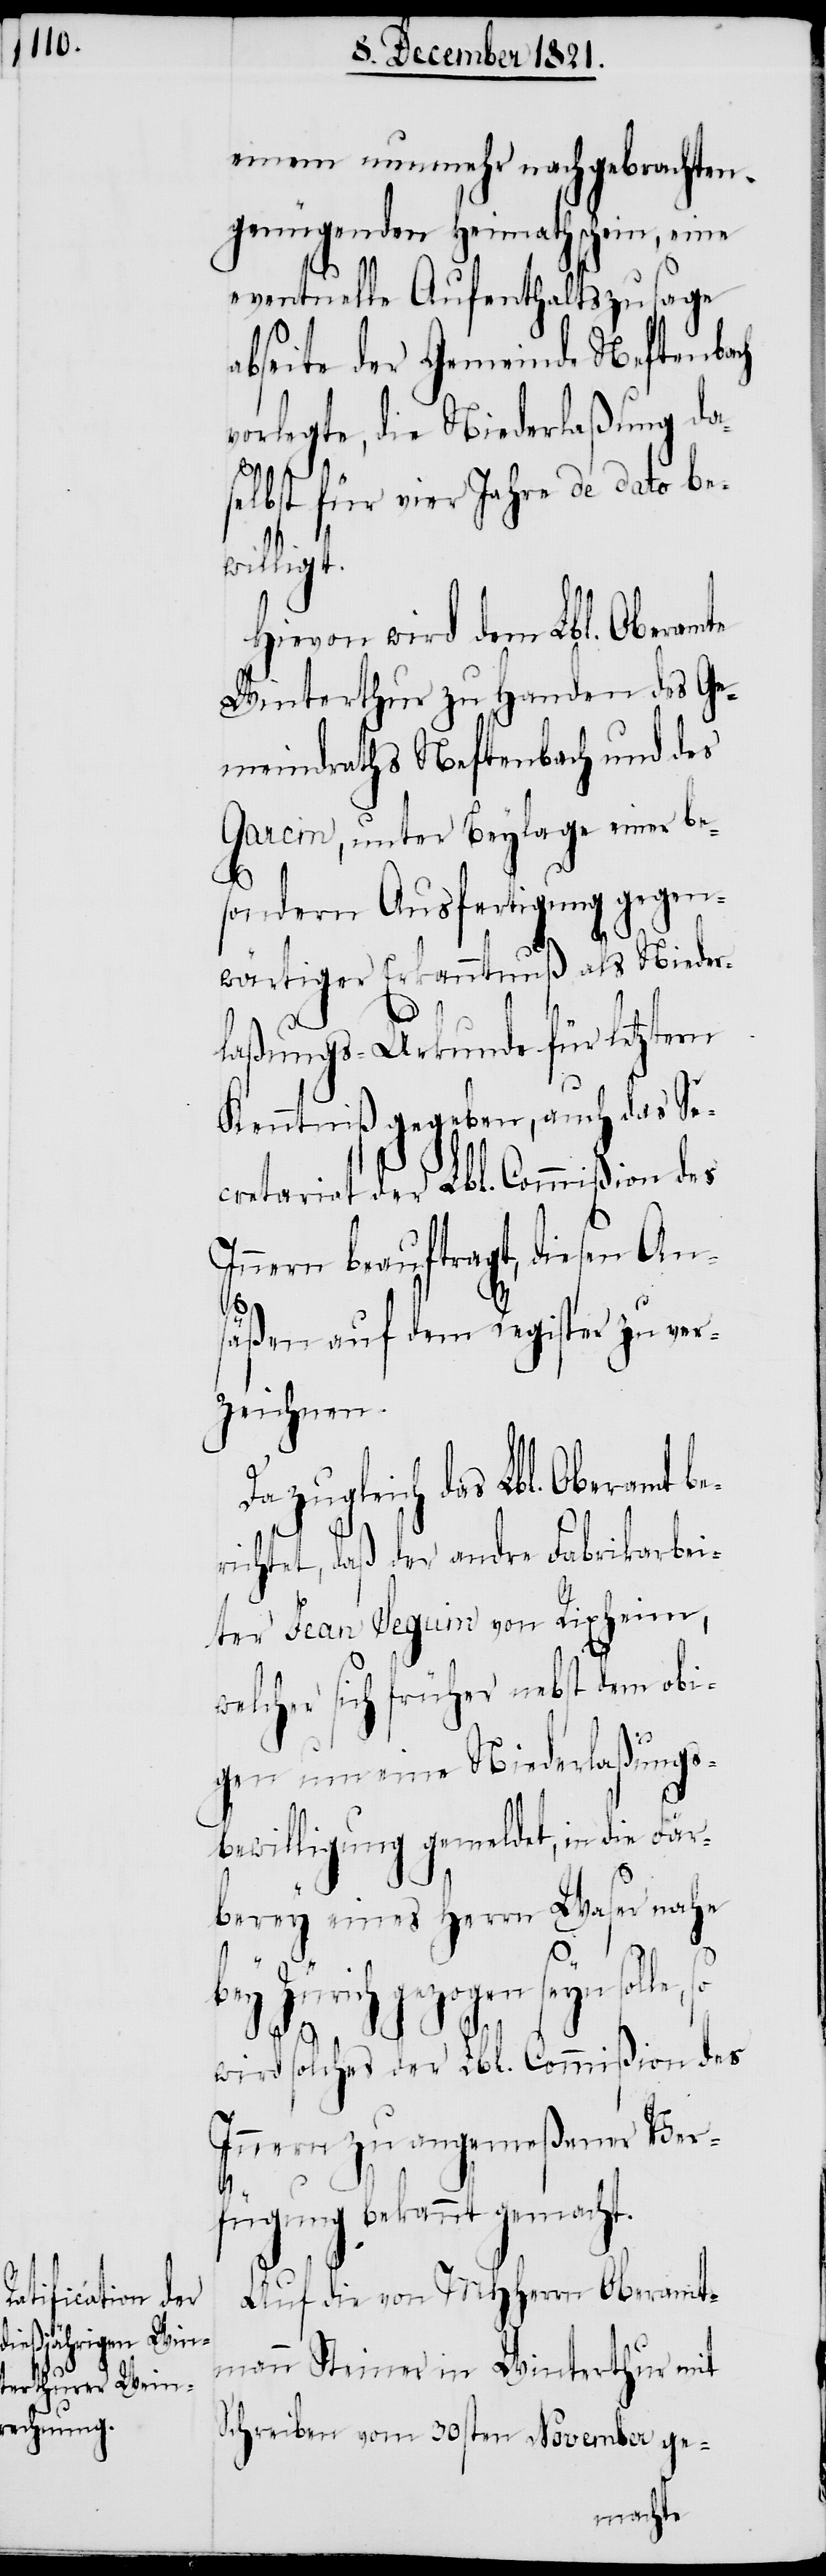
einem nunmehr nachgebrachten
genügenden Heimathschein, eine
eventuelle Aufenthaltszusage
abseite der Gemeinde Neftenbach
vorlegte, die Niederlaßung da¬
selbst für vier Jahre de dato be¬
willigt.
Hievon wird dem Lbl. Oberamte
Winterthur zu Handen des Ge¬
meindraths Neftenbach und des
Garcin, unter Beylage einer be¬
sondern Ausfertigung gegen¬
wärtiger Erkanntnuß als Nieder¬
laßungs-Urkunde für letztern
Kenntniß gegeben, auch das Se¬
cretariat der Lbl. Commißion des
Innern beauftragt, diesen An¬
säßen auf dem Register zu ver¬
zeichnen.
zugleich das Lbl. Oberamt be¬
ichtet, daß der andre Fabrikarbei¬
ter Jean Seguin von Rixheim,
welcher sich früher nebst dem obi¬
gen um eine Niederlaßungs¬
bewilligung gemeldet, in die Fär¬
berey eines Herrn Waser nahe
bey Zürich gezogen seyn
wird solches der Lbl. Commißion des
Innern zu angemeßener Ver¬
r¬
fügung bekannt gemacht.
Auf die von MHHerrn Oberamt¬
mann Steiner in Winterthur mit
Schreiben vom 30sten November ge-